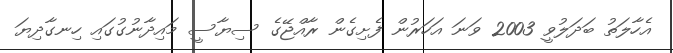
އެހާލަތު ބަދަލުވީ 2003 ވަނަ އަހަރުން ފެށިގެން ރާއްޖޭގެ ސިޔާސީ މައިދާނުގުގައި ހިނގާދިޔަ